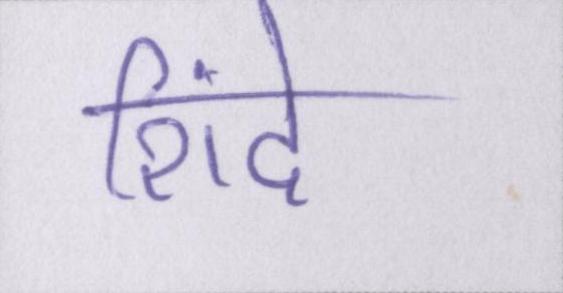
शिंदे